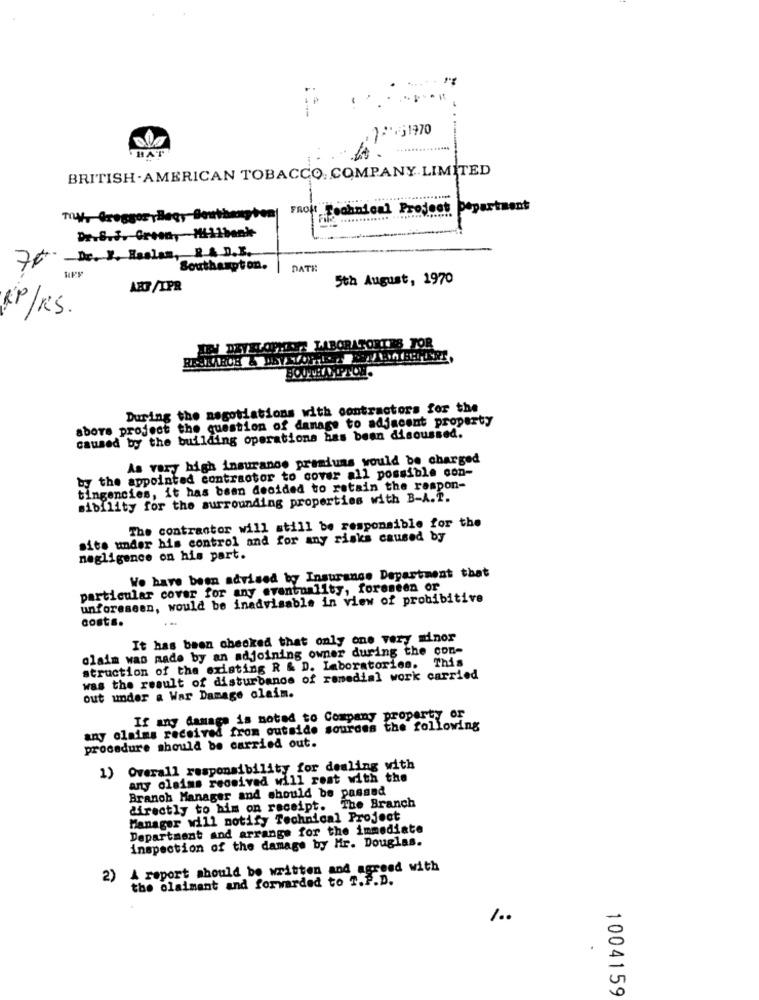
1:31970
BRITISH . AMERICAN TOBACCO. COMPANY LIMITED
FROll Technical Project Department
Dr.S.f. Green, Mi11bank
Southampton.
DATE
5th August, 1970
ART/IPR
RP/RS.
IN DEVELOPMENT LABORATORIES TOR
SOUTHAMPTON.
During the negotiations with contractors for the
above project the question of damage to adjacent property
caused by the building operations has been discussed.
As vary high insurance premiums would be charged
by the appointed contractor to cover all possible con-
tingencies, it has been decided to retain the respon-
sibility for the surrounding properties with B-A.T.
The contractor will still be responsible for the
site under his control and for any risks caused by
negligence on his part.
We have been advised by Insurance Department that
particular cover for any eventuality, foreseen or
unforeseen, would be inadvisable in view of prohibitive
costs.
It has been checked that only one very minor
claim was made by an adjoining owner during the con-
struction of the existing R & D. Laboratories. This
was the result of disturbanos of remedial work carried
out under a War Damage claim.
If any damage is noted to Company property of_
any olaims received from outside sourdes the following
procedure should be carried out.
1) Overall responsibility for dealing with
arty claims received will reat with the
Branch Manager and should be passed
directly to him on receipt. The Branch
Manager will notify Technical Project
Department and arrange for the immediate
inspection of the damage by Mr. Douglas.
2) A report should be written and agreed with
the olaimant and forwarded to T.P.D.
1.0
1004159